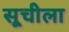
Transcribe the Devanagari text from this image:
सूचीला